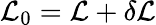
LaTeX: {\cal L}_{0}={\cal L}+\delta{\cal L}